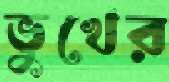
ভুখের